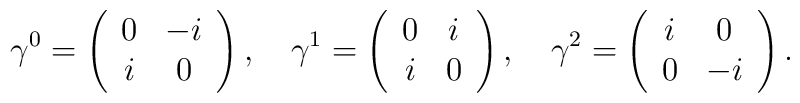
\gamma^{0}=\left(\begin{array}{cc} 0 & {-i}\\i & {0}\end{array}\right),\quad\gamma^{1}=\left(\begin{array}{cc} 0 & {i}\\i & {0}\end{array}\right),\quad\gamma^{2}=\left(\begin{array}{cc} i & {0}\\0 & {-i}\end{array}\right).